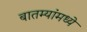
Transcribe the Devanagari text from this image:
बातम्यांमध्ये